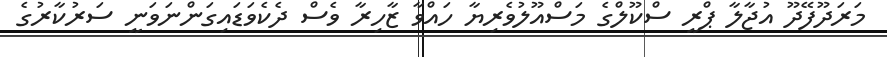
މަރަދޫފޭދޫ އުޖާލާ ޕްރީ ސްކޫލްގެ މަސްއޫލުވެރިޔާ ހައްވާ ޒާހިރާ ވެސް ދެކެވަޑައިގަންނަވަނީ ސަރުކާރުގެ